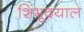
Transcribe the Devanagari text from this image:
शिंभूदयाल